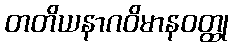
တတိယနာဂဝိမာနဝတ္ထု